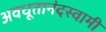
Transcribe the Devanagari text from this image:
अवधूतानंदस्वामी